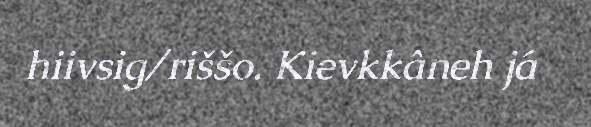
hiivsig/riššo. Kievkkâneh já